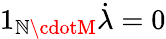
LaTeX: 1_{\mathbb{N}\cdotM}\dot{{\lambda}}=0